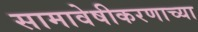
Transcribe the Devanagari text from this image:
सामावेषीकरणाच्या